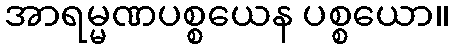
အာရမ္မဏပစ္စယေန ပစ္စယော။